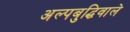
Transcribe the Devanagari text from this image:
अल्पबुद्धिवाले